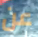
عن